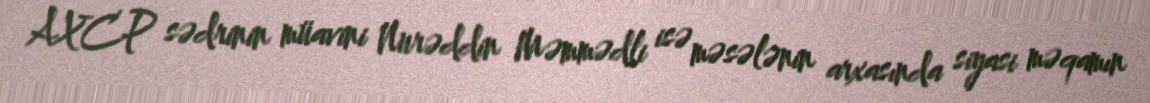
AXCP sədrinin müavini Nurəddin Məmmədli isə məsələnin arxasında siyasi məqamın